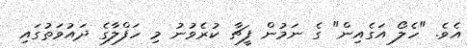
އެވެ. "ހެލޯ އަގެއިން" ގެ ނަމުން ފީޗާ ކުރެވުނު މި ހަފްލާގެ ދައުވަތުގައި